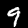
Label: 9